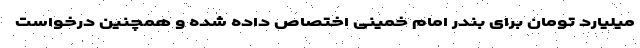
میلیارد تومان برای بندر امام خمینی اختصاص داده شده و همچنین درخواست